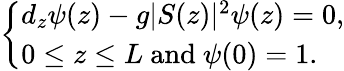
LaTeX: \left\lbrace\begin{array}{l}{d_{z}\psi(z)-g\vert S(z)\vert^{2}\psi(z)=0,}\\ {0\le z\le L\ \mathrm{and}\ \psi(0)=1.}\end{array}\right.